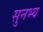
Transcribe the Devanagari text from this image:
सुनभ्य